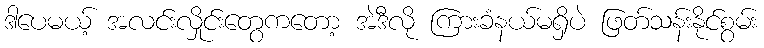
ဒါပေမယ့် အလင်းလှိုင်းတွေကတော့ အဲဒီလို ကြားခံနယ်မရှိပဲ ဖြတ်သန်းနိုင်စွမ်း